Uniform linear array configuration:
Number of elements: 24
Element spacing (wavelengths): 0.75
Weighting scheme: blackman
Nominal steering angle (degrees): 60
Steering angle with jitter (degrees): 58.252
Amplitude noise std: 0.05
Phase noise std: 0.05

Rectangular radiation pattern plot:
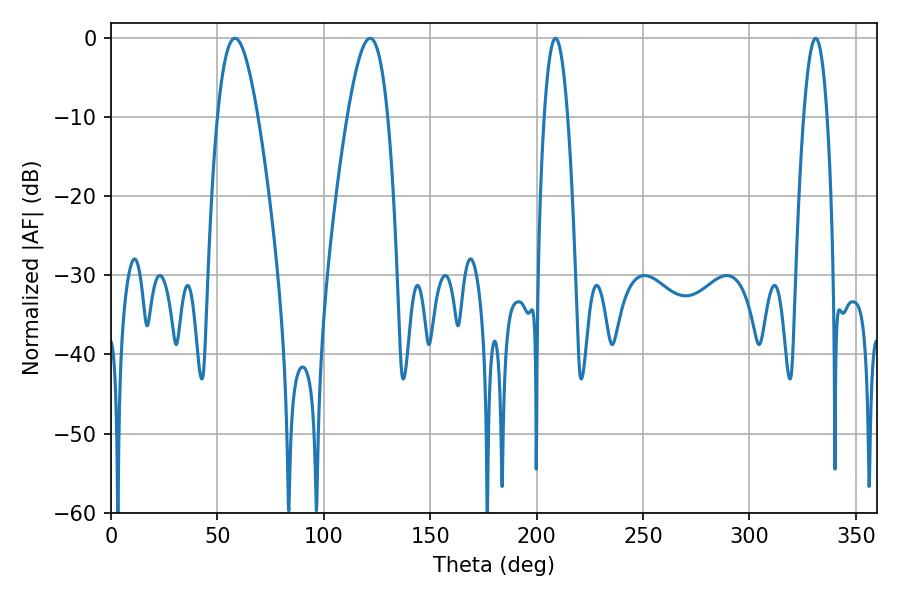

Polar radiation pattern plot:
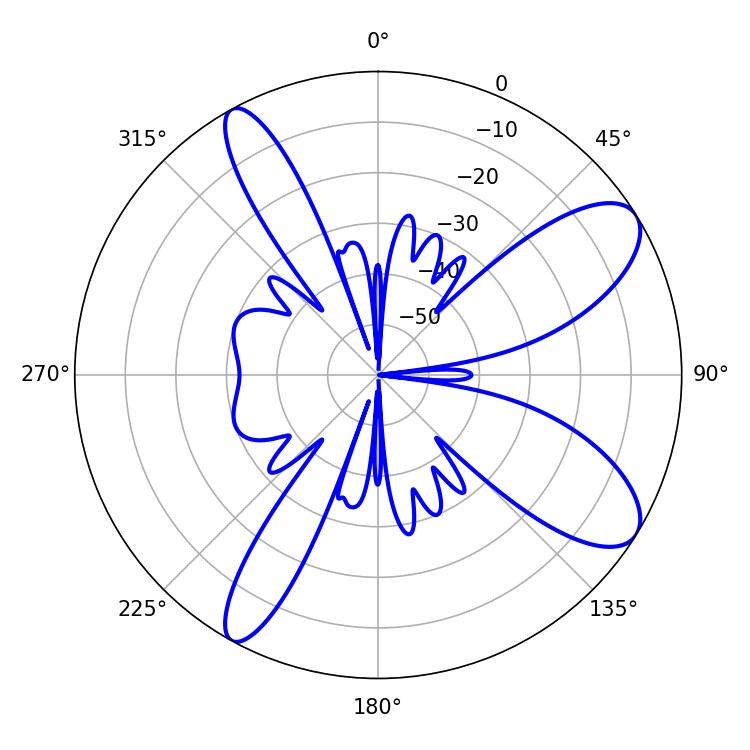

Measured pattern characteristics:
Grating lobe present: TRUE
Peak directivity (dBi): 9.549
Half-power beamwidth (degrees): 10.26
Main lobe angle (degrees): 58.32